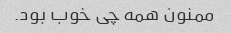
ممنون همه چی خوب بود.